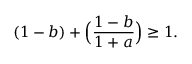
( 1 - b ) + \Big ( \frac { 1 - b } { 1 + a } \Big ) \geq 1 .